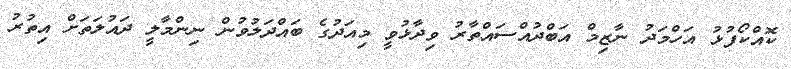
ކޮއްކޯފުޅު އަހްމަދު ނާޒިމް އަބްދުއްސައްތާރު ވިދާޅުވީ މިއަދުގެ ބައްދަލުވުން ނިންމާލީ ދައުލަތަށް އިތުރު